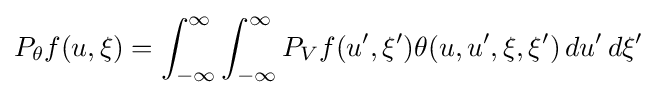
P_{\theta }f(u,\xi )=\int _{-\infty }^{\infty }{\int _{-\infty }^{\infty }{P_{V}f(u',\xi ')}}\theta (u,u',\xi ,\xi ')\,du'\,d\xi '